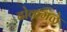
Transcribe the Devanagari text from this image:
ढोकमळे